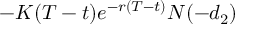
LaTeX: - K ( T - t ) e ^ { - r ( T - t ) } N ( - d _ { 2 } )